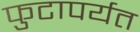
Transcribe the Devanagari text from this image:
फुटापर्यत